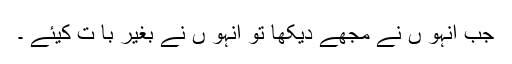
جب انہو ں نے مجھے دیکھا تو انہو ں نے بغیر با ت کیئے ۔